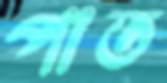
পাত